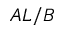
A L / B